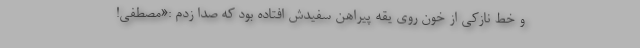
و خط نازکی از خون روی یقه پیراهن سفیدش افتاده بود که صدا زدم :«مصطفی!